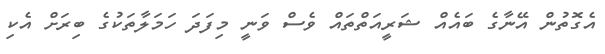
އެގޮތުން އޭނާގެ ބައެއް ޝަރީއަތްތައް ވެސް ވަނީ މިފަދަ ހަމަލާތަކުގެ ބިރަށް އެކި